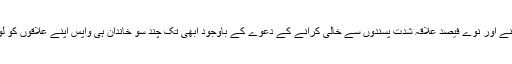
ایک سال گزرنے اور نوے فیصد علاقہ شدت پسندوں سے خالی کرانے کے دعوے کے باوجود ابھی تک چند سو خاندان ہی واپس اپنے علاقوں کو لوٹ سکے ہیں۔